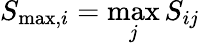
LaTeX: S_{\textrm{max,}i}=\operatorname*{max}_{j}S_{ij}